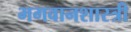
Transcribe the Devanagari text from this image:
भगवानशास्त्री